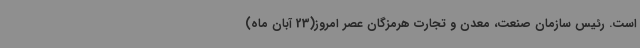
است. رئیس سازمان صنعت، معدن و تجارت هرمزگان عصر امروز(23 آبان ماه)